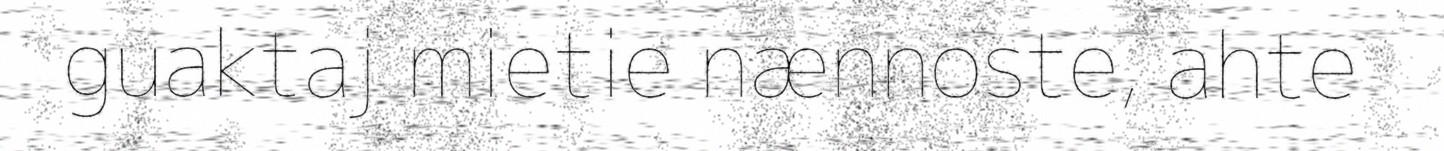
guaktaj mietie nænnoste, ahte